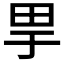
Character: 𤰤